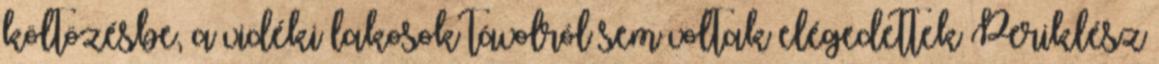
költözésbe, a vidéki lakosok távolról sem voltak elégedettek Periklész